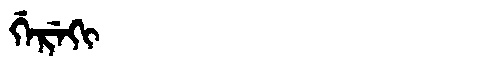
Manchu: ᡤᡝᡵᡝᡴᡳ
Romanization: GEREKI